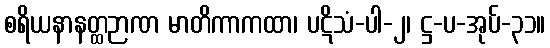
စရိယနာနတ္ထဉာဏ မာတိကာကထာ၊ ပဋိသံ-ပါ-၂၊ ဋ္ဌ-ပ-အုပ်-၃၁။